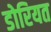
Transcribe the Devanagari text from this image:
डोरियत